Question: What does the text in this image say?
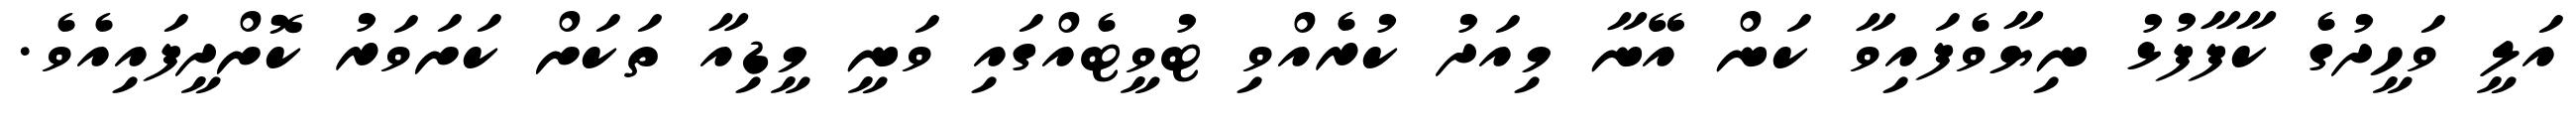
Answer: އަލީ ވަހީދުގެ ކާފާފުޅު ނިޔާވެފައިވާ ކަން އޭނާ މިއަދު ކުރެއްވި ޓުވީޓެއްގައި ވަނީ މީޑިއާ ތަކަށް ކަށަވަރު ކޮށްދީފައިއެވެ.